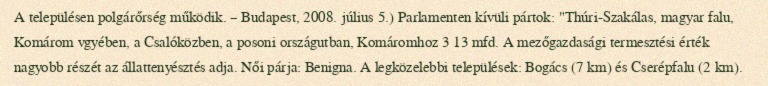
A településen polgárőrség működik. – Budapest, 2008. július 5.) Parlamenten kívüli pártok: "Thúri-Szakálas, magyar falu, Komárom vgyében, a Csalóközben, a posoni országutban, Komáromhoz 3 13 mfd. A mezőgazdasági termesztési érték nagyobb részét az állattenyésztés adja. Női párja: Benigna. A legközelebbi települések: Bogács (7 km) és Cserépfalu (2 km).